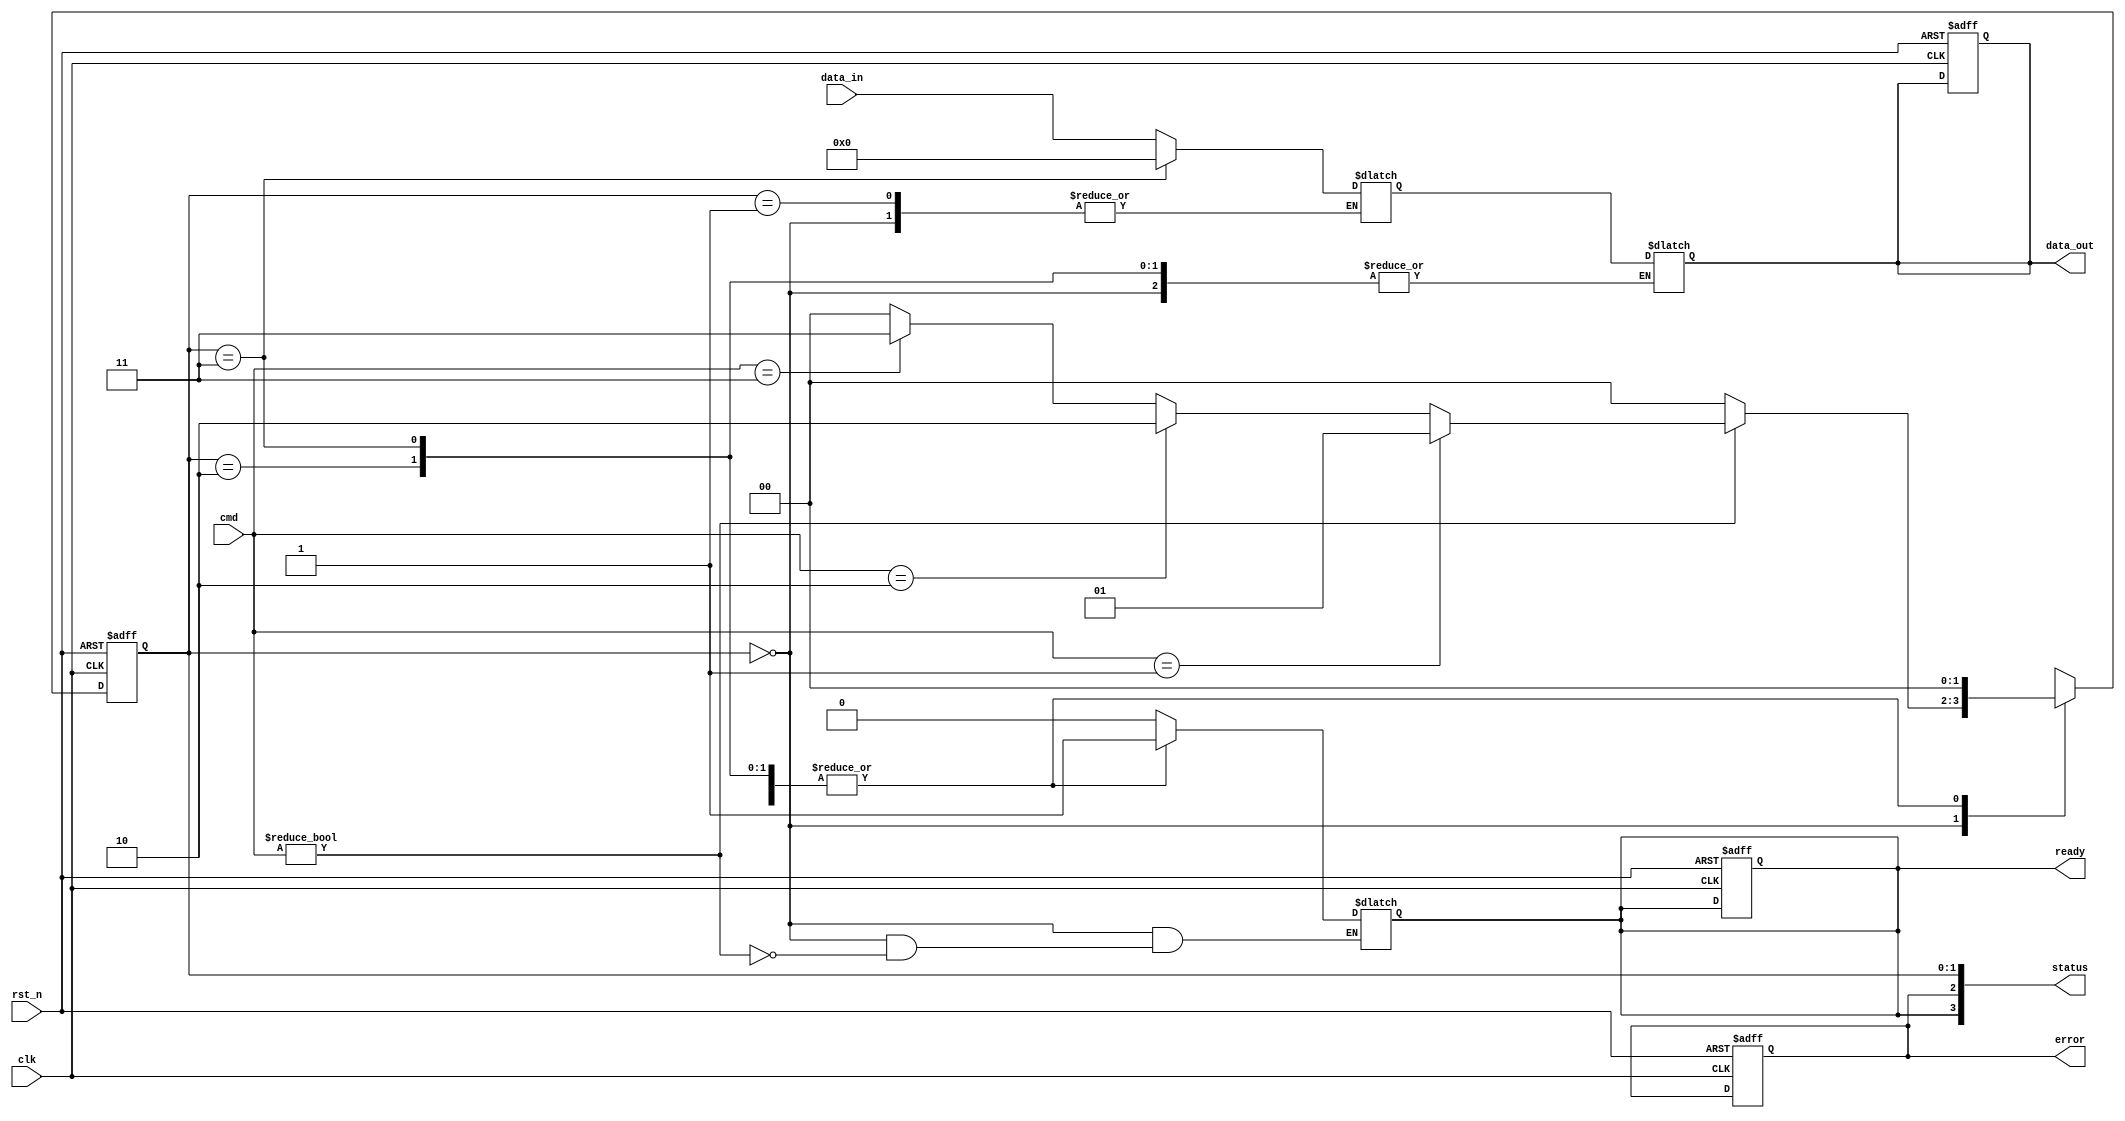
module mlc_nand_io_block (
    input wire clk,                // System clock
    input wire rst_n,              // Active low reset
    input wire [3:0] cmd,          // Command input (4-bit for simplicity)
    input wire [7:0] data_in,      // Data input (8 bits)
    output reg [7:0] data_out,     // Data output (8 bits)
    output reg ready,              // Ready signal for new commands
    output reg error,              // Error signal
    output wire [3:0] status       // Status signals
);

// Internal signals
reg [7:0] data_buffer;            // Buffer for incoming data
reg [1:0] state;                  // State machine for control logic
reg [1:0] next_state;             // Next state for control logic
reg [3:0] voltage_level;          // Voltage level for MLC
reg [3:0] command_reg;            // Register for command storage

// State encoding
localparam IDLE = 2'b00,
           READ = 2'b01,
           WRITE = 2'b10,
           ERASE = 2'b11;

// Voltage level shifter (example)
always @(*) begin
    case (data_buffer[1:0]) // Assuming 2 bits represent the voltage level
        2'b00: voltage_level = 4'b0001; // Level 1
        2'b01: voltage_level = 4'b0010; // Level 2
        2'b10: voltage_level = 4'b0100; // Level 3
        2'b11: voltage_level = 4'b1000; // Level 4
        default: voltage_level = 4'b0000; // Default
    endcase
end

// Control Logic State Machine
always @(posedge clk or negedge rst_n) begin
    if (!rst_n) begin
        state <= IDLE;
        ready <= 1'b1;
        error <= 1'b0;
        data_out <= 8'b0;
    end else begin
        state <= next_state;
    end
end

// Next state logic
always @(*) begin
    case (state)
        IDLE: begin
            if (cmd != 4'b0000) begin // If a command is received
                command_reg = cmd;
                ready = 1'b0;
                next_state = (cmd == 4'b0001) ? READ :
                             (cmd == 4'b0010) ? WRITE :
                             (cmd == 4'b0011) ? ERASE : IDLE;
            end else begin
                next_state = IDLE;
            end
        end
        READ: begin
            // Simulate read operation
            data_out = data_buffer; // Output the buffered data
            ready = 1'b1;
            next_state = IDLE;
        end
        WRITE: begin
            // Simulate write operation
            data_buffer = data_in; // Store incoming data
            ready = 1'b1;
            next_state = IDLE;
        end
        ERASE: begin
            // Simulate erase operation
            data_buffer = 8'b0; // Clear the buffer
            ready = 1'b1;
            next_state = IDLE;
        end
        default: next_state = IDLE;
    endcase
end

// Status signals (example)
assign status = {ready, error, state};

// Power management and isolation features would be added here

endmodule